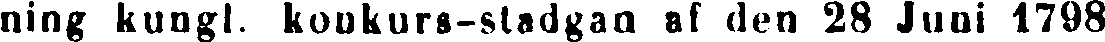
ning kungl. konkurs-stadgan af den 28 Juni 1798